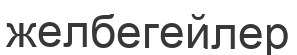
желбегейлер